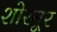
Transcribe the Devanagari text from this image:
शोरनूर